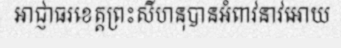
អាជ្ញាធរខេត្តព្រះសីហនុបានអំពាវនាវអោយ